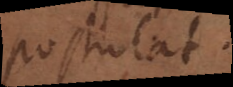
postulat.